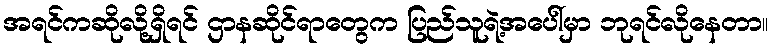
အရင်ကဆိုလို့ရှိရင် ဌာနဆိုင်ရာတွေက ပြည်သူရဲ့အပေါ်မှာ ဘုရင်လိုနေတာ။